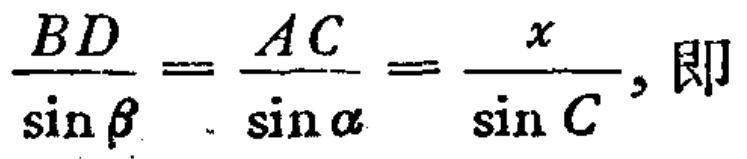
\(\frac{BD}{\sin\beta}=\frac{AC}{\sin\alpha}=\frac{x}{\sin C}\)，即